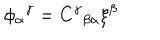
LaTeX: \phi _ { \alpha } \hspace { 0 . 1 m m } ^ { \gamma } = C ^ { \gamma } \hspace { 0 . 1 m m } _ { \beta \alpha } \xi ^ { \beta }